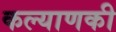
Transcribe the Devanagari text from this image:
कल्याणकी